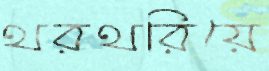
থরথরিয়ে